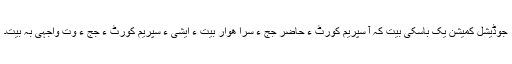
جوڈیشل کمیشن یک باسکی بیت کہ آ سپریم کورٹ ءِ حاضر جج ءِ سرا ھوار بیت ءُُ ایشی ءَ سپریم کورٹ ءِ جج ءِ وت واجہی بہ بیت۔